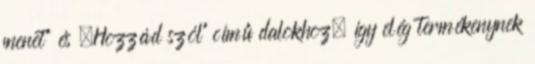
menet” és „Hozzád szól” című dalokhoz, így elég termékenynek